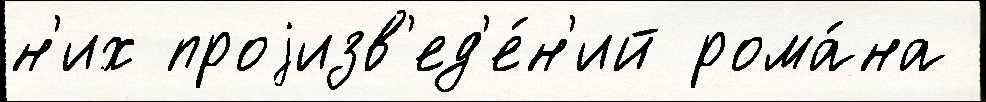
н'их проjизв'ед'е́н'ий рома́на